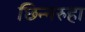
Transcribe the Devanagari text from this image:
छिन्नरुहा